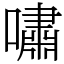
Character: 嘯